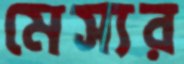
মেস্যর